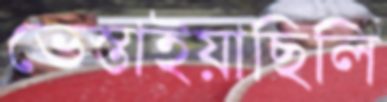
ভেস্তাইয়াছিলি